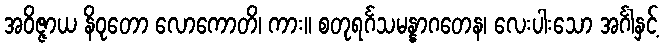
အဝိဇ္ဇာယ နိဝုတော လောကောတိ၊ ကား။ စတုရင်္ဂသမန္နာဂတေန၊ လေးပါးသော အင်္ဂါနှင့်